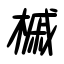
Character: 槭